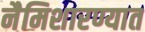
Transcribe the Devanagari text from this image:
नैमिशारण्यात